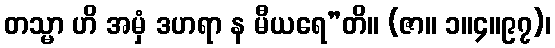
တသ္မာ ဟိ အမှံ ဒဟရာ န မီယရေ”တိ။ (ဇာ။ ၁။၄။၉၇)၊